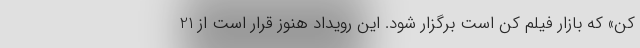
کن» که بازار فیلم کن است برگزار شود. این رویداد هنوز قرار است از 21